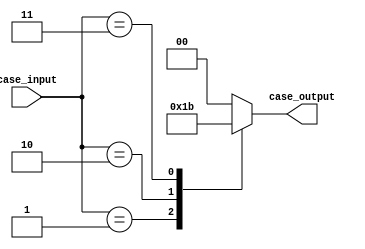
module unique_case_module (
    input [2:0] case_input,
    output reg [1:0] case_output
);

always @* begin
    case (case_input)
        3'b000: begin
            // code block for case condition 000
            case_output <= 2'b00;
        end
        3'b001: begin
            // code block for case condition 001
            case_output <= 2'b01;
        end
        3'b010: begin
            // code block for case condition 010
            case_output <= 2'b10;
        end
        3'b011: begin
            // code block for case condition 011
            case_output <= 2'b11;
        end
        default: begin
            // default code block
            case_output <= 2'b00;
        end
    endcase
end

endmodule